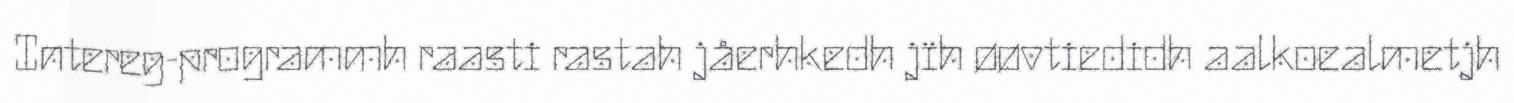
Intereg-programmh raasti rastah jåerhkedh jïh øøvtiedidh aalkoealmetjh